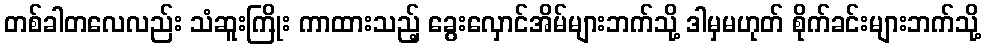
တစ်ခါတလေလည်း သံဆူးကြိုး ကာထားသည့် ခွေးလှောင်အိမ်များဘက်သို့ ဒါမှမဟုတ် စိုက်ခင်းများဘက်သို့